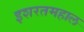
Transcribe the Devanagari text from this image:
इशरतमहाल